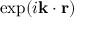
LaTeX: \exp ( i \mathbf { k } \cdot \mathbf { r } )